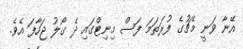
އޭނާ ވަނީ މެޗުގެ ފުރަތަމަ ފަސް މިނިޓްގައި ދެ ގޯލު ޖަހާފަ އެވެ.